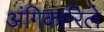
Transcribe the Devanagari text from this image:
अंगिकारिले